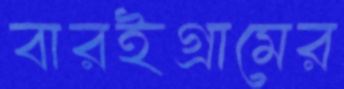
বারইগ্রামের